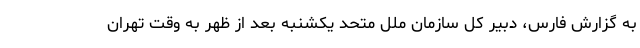
به گزارش فارس، دبیر کل سازمان ملل متحد یکشنبه بعد از ظهر به وقت تهران